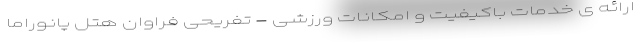
ارائه ی خدمات باکیفیت و امکانات ورزشی - تفریحی فراوان هتل پانوراما